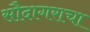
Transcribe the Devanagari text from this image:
सौदागराचा